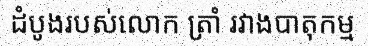
ដំបូងរបស់លោក ត្រាំ រវាងបាតុកម្ម